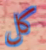
كل